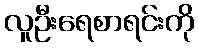
လူဦးရေစာရင်းကို